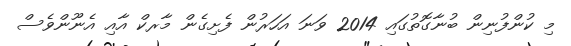
މި ކުންފުނިން ބުނާގޮތުގައި 2014 ވަނަ އަހަރުން ފެށިގެން މާރކް އާއި އެނޫންވެސް